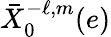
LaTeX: \bar{X}_{0}^{-\ell,m}(e)